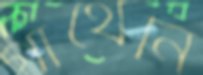
গাঁথেনি